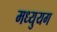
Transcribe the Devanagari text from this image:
मध्युयग